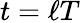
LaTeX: t=\ell T